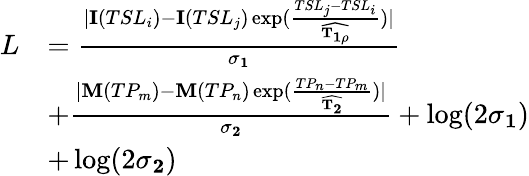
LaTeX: \begin{array}{rl}{L}&{=\frac{|\mathbf{I}(TSL_{i})-\mathbf{I}(TSL_{j})\exp(\frac{TSL_{j}-TSL_{i}}{\mathbf{\widehat{T_{1\rho}}}})|}{\mathbf{\sigma_{1}}}}\\ &{+\frac{|\mathbf{M}(TP_{m})-\mathbf{M}(TP_{n})\exp(\frac{TP_{n}-TP_{m}}{\widehat{\mathbf{T_{2}}}})|}{\mathbf{\sigma_{2}}}+\log(2\mathbf{\sigma_{1}})}\\ &{+\log(2\mathbf{\sigma_{2}})}\end{array}